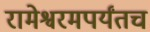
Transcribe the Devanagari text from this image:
रामेश्वरमपर्यंतच